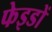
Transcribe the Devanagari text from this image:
फेइडों